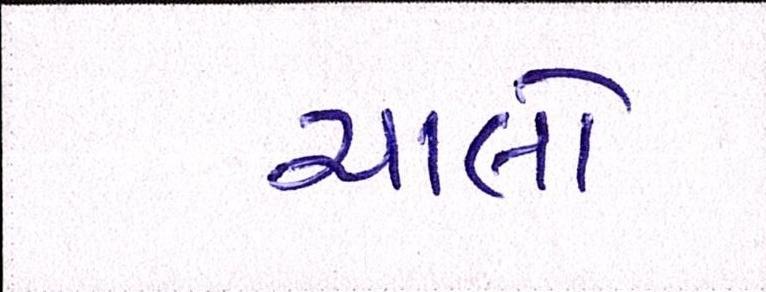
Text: ચાલો